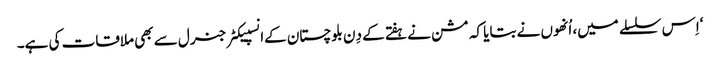
‘اِس سلسلے میں، اُنھوں نے بتایا کہ مشن نے ہفتے کے دِن بلوچستان کےانسپیکٹر جنرل سے بھی ملاقات کی ہے۔